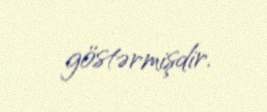
göstərmişdir.